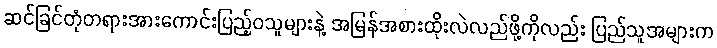
ဆင်ခြင်တုံတရားအားကောင်းပြည့်ဝသူများနဲ့ အမြန်အစားထိုးလဲလည်ဖို့ကိုလည်း ပြည်သူအများက